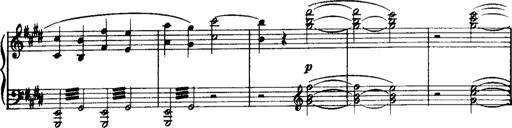
Title: Historische ungarische Bildnisse
Composer: Franz Liszt